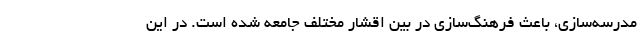
مدرسه‌سازی، باعث فرهنگ‌سازی در بین اقشار مختلف جامعه شده است. در این